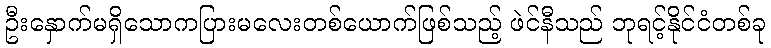
ဦးနှောက်မရှိသောကပြားမလေးတစ်ယောက်ဖြစ်သည့် ဖဲင်နီသည် ဘုရင့်နိုင်ငံတစ်ခု